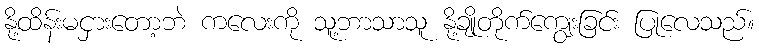
နို့ထိန်းမငှားတော့ဘဲ ကလေးကို သူ့ဘာသာသူ နို့ချိုတိုက်ကျွေးခြင်း ပြုလေသည်။